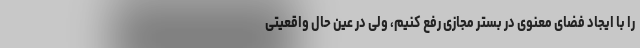
را با ایجاد فضای معنوی در بستر مجازی رفع کنیم، ولی در عین حال واقعیتی